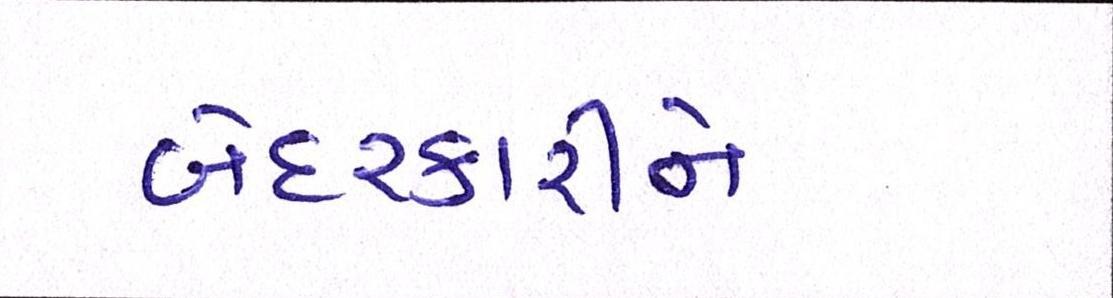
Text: બેદરકારીને